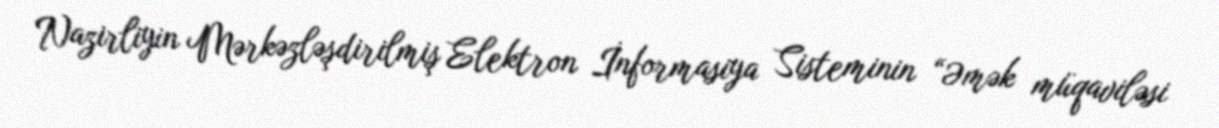
Nazirliyin Mərkəzləşdirilmiş Elektron İnformasiya Sisteminin “Əmək müqaviləsi